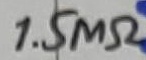
Text: 1.5MΩ